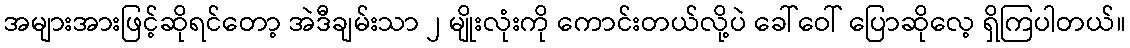
အများအားဖြင့်ဆိုရင်တော့ အဲဒီချမ်းသာ ၂ မျိုးလုံးကို ကောင်းတယ်လို့ပဲ ခေါ်ဝေါ် ပြောဆိုလေ့ ရှိကြပါတယ်။